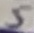
Text: 5